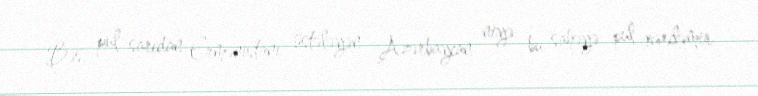
Bəs, pul sarıdan Ermənistanı üstələyən Azərbaycan niyə bu sahəyə pul xərcləmir